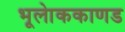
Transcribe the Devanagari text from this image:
भूलाेककाणड